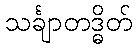
သင်္ချာတဒ္ဓိတ်